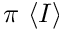
\pi \, \left\langle I \right\rangle